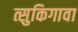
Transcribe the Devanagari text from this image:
त्सुकिगावा